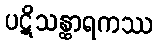
ပဋိသန္ထာရကဿ